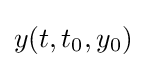
y(t,t_{0},y_{0})